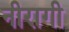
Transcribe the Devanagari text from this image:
नीरागी